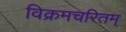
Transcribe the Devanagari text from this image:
विक्रमचरितम्